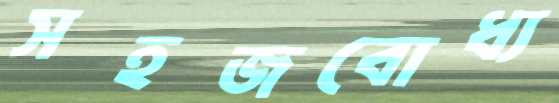
সহজবোধ্য